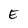
Character: E